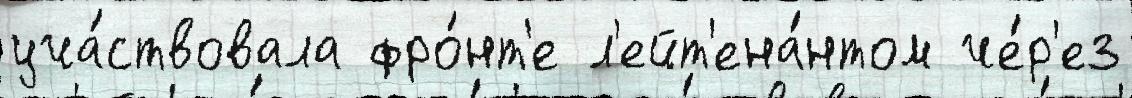
уча́ствовала фро́нт'е л'ейт'ена́нтом че́р'ез